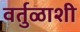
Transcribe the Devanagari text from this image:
वर्तुळाशी